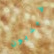
غيديون